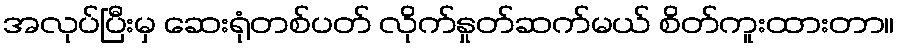
အလုပ်ပြီးမှ ဆေးရုံတစ်ပတ် လိုက်နှုတ်ဆက်မယ် စိတ်ကူးထားတာ။